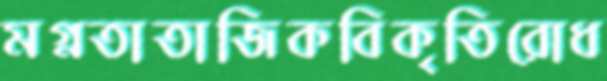
মগ্নতাতাজিকবিকৃতিরোধ